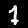
Digit: 1